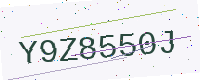
Text: Y9Z8550J